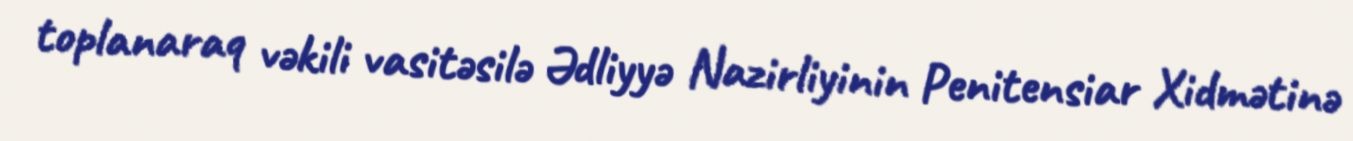
toplanaraq vəkili vasitəsilə Ədliyyə Nazirliyinin Penitensiar Xidmətinə